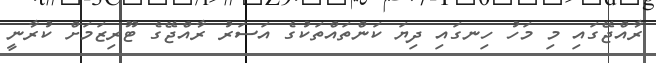
ރާއްޖޭގައި މި މަހު ހިނގައި ދިޔަ ކަންތައްތަކުގެ އަސަރު ރާއްޖޭގެ ޓޫރިޒަމަށް ކުރާނީ